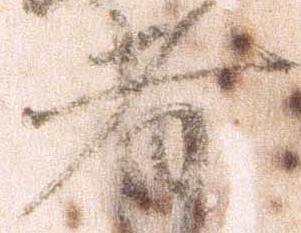
者